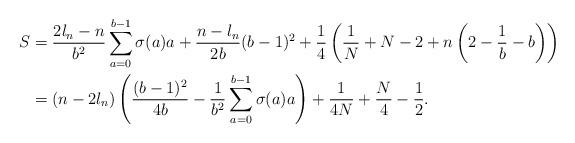
LaTeX: \begin{align*} S&=\frac{2l_n-n}{b^2}\sum_{a=0}^{b-1}\sigma(a)a+\frac{n-l_n}{2b}(b-1)^2+\frac{1}{4}\left(\frac{1}{N}+N-2+n\left(2-\frac{1}{b}-b\right)\right) \\ &=(n-2l_n)\left(\frac{(b-1)^2}{4b}-\frac{1}{b^2}\sum_{a=0}^{b-1}\sigma(a)a\right)+\frac{1}{4N}+\frac{N}{4}-\frac{1}{2}.\end{align*}